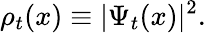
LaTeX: \rho_{t}(x)\equiv|\Psi_{t}(x)|^{2}.